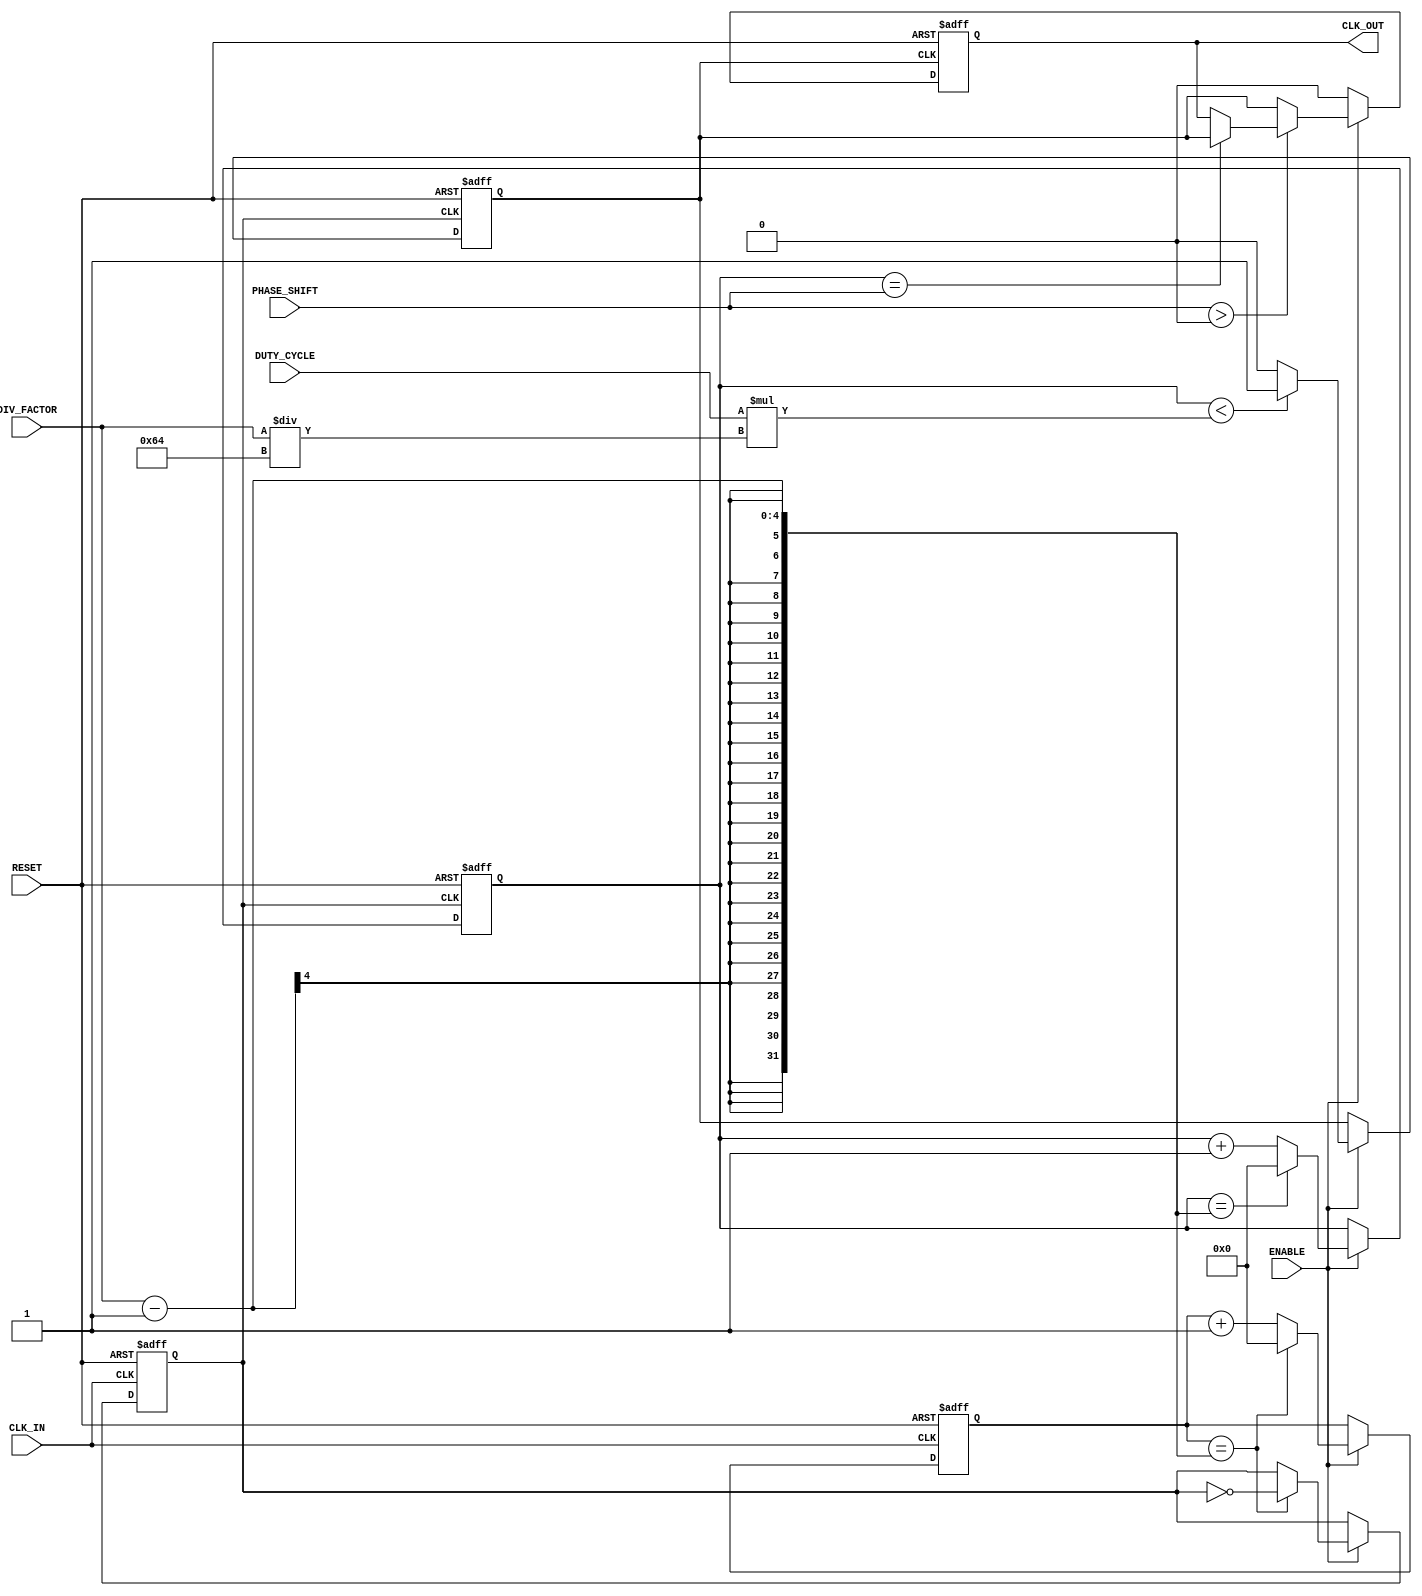
module ProgrammableClockBuffer (
    input wire CLK_IN,            // Primary clock input
    input wire RESET,             // Asynchronous reset
    input wire ENABLE,            // Enable signal for the clock buffer
    input wire [3:0] DIV_FACTOR,  // Programmable division factor
    input wire [3:0] PHASE_SHIFT, // Programmable phase shift
    input wire [3:0] DUTY_CYCLE,  // Programmable duty cycle (in percentage)
    output reg CLK_OUT            // Output clock signal
);

    reg [3:0] counter;            // Counter for clock division
    reg clk_div;                  // Divided clock signal
    reg [3:0] duty_counter;       // Counter for duty cycle modulation
    reg clk_duty;                 // Duty cycle modulated clock signal

    // Clock Divider
    always @(posedge CLK_IN or posedge RESET) begin
        if (RESET) begin
            counter <= 0;
            clk_div <= 0;
        end else if (ENABLE) begin
            if (counter == DIV_FACTOR - 1) begin
                clk_div <= ~clk_div; // Toggle divided clock
                counter <= 0;        // Reset counter
            end else begin
                counter <= counter + 1; // Increment counter
            end
        end
    end

    // Duty Cycle Modulator
    always @(posedge clk_div or posedge RESET) begin
        if (RESET) begin
            duty_counter <= 0;
            clk_duty <= 0;
        end else if (ENABLE) begin
            if (duty_counter < (DUTY_CYCLE * (DIV_FACTOR / 100))) begin
                clk_duty <= 1; // High for duty cycle
            end else begin
                clk_duty <= 0; // Low for remaining time
            end
            
            if (duty_counter == DIV_FACTOR - 1) begin
                duty_counter <= 0; // Reset duty counter
            end else begin
                duty_counter <= duty_counter + 1; // Increment duty counter
            end
        end
    end

    // Phase Shifter (simple implementation)
    always @(posedge clk_duty or posedge RESET) begin
        if (RESET) begin
            CLK_OUT <= 0;
        end else if (ENABLE) begin
            // Phase shift logic (simple delay implementation)
            if (PHASE_SHIFT > 0) begin
                // Introduce a simple phase shift by delaying the output
                if (duty_counter == PHASE_SHIFT) begin
                    CLK_OUT <= clk_duty;
                end
            end else begin
                CLK_OUT <= clk_duty; // No phase shift
            end
        end else begin
            CLK_OUT <= 0; // Disable output clock
        end
    end

endmodule